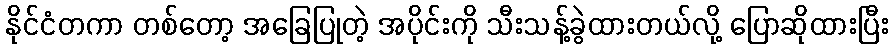
နိုင်ငံတကာ တစ်တော့ အခြေပြုတဲ့ အပိုင်းကို သီးသန့်ခွဲထားတယ်လို့ ပြောဆိုထားပြီး